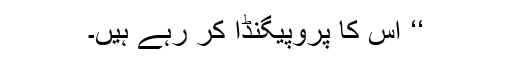
‘‘ اس کا پروپیگنڈا کر رہے ہیں۔